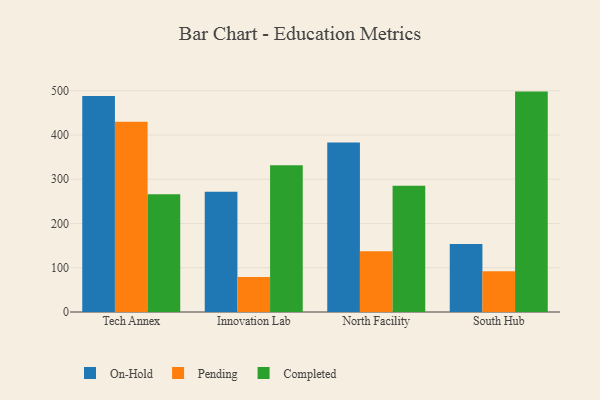
{"axis": {"x": "Campus", "y": "Temperature (°C)"}, "legend": ["Completed", "On-Hold", "Pending"], "data": [{"x": "Tech Annex", "y": 488.1, "type": "On-Hold"}, {"x": "Tech Annex", "y": 430.1, "type": "Pending"}, {"x": "Tech Annex", "y": 266.3, "type": "Completed"}, {"x": "Innovation Lab", "y": 271.5, "type": "On-Hold"}, {"x": "Innovation Lab", "y": 79.2, "type": "Pending"}, {"x": "Innovation Lab", "y": 331.7, "type": "Completed"}, {"x": "North Facility", "y": 382.8, "type": "On-Hold"}, {"x": "North Facility", "y": 137.2, "type": "Pending"}, {"x": "North Facility", "y": 285.4, "type": "Completed"}, {"x": "South Hub", "y": 153.5, "type": "On-Hold"}, {"x": "South Hub", "y": 92.3, "type": "Pending"}, {"x": "South Hub", "y": 498.1, "type": "Completed"}]}